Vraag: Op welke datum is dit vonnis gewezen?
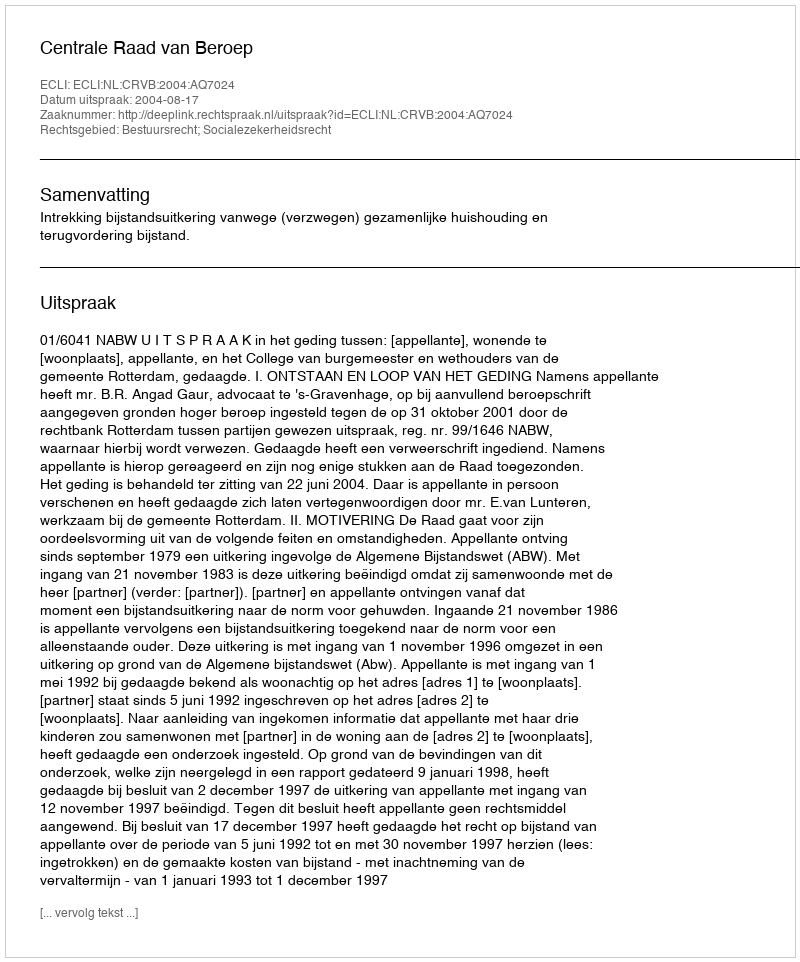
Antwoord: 2004-08-17